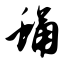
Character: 蛹